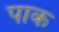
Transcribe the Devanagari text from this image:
पाक